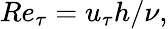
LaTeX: Re_{\tau}=u_{\tau}h/\nu,